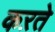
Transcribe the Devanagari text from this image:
कऱते